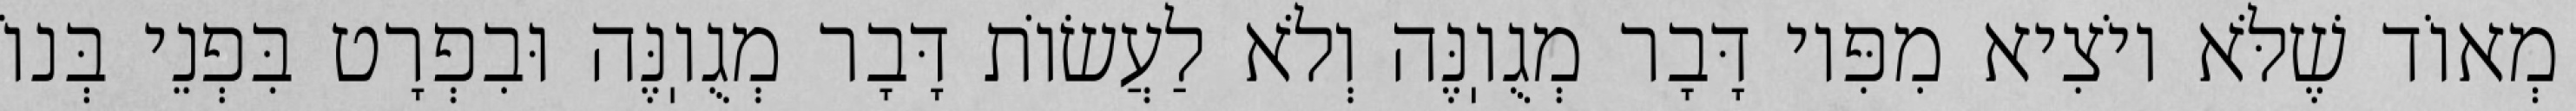
מְאוֹד שֶׁלֹּא יוֹצִיא מִפִּיו דָּבָר מְגֻוֽנֶּה וְלֹא לַעֲשׂוֹת דָּבָר מְגֻוֽנֶּה וּבִפְרָט בִּפְנֵי בְּנוֹ